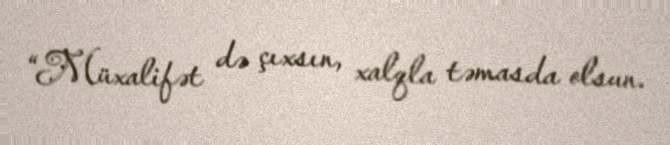
“Müxalifət də çıxsın, xalqla təmasda olsun.